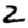
Digit: 2